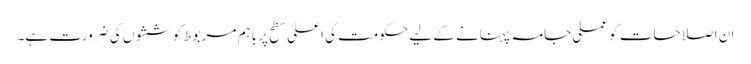
ان اصلاحات کو عملی جامہ پہنانے کے لیے حکومت کی اعلیٰ سطح پر باہم مربوط کوششوں کی ضرورت ہے۔